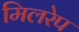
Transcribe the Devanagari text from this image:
मिलरेप